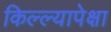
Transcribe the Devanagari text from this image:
किल्ल्यापेक्षा